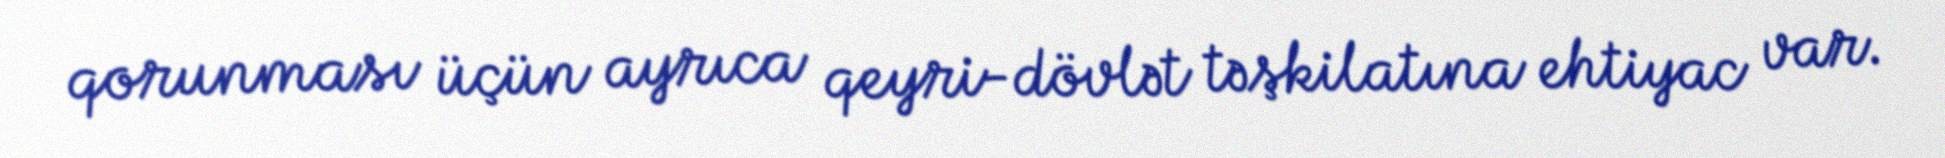
qorunması üçün ayrıca qeyri-dövlət təşkilatına ehtiyac var.